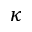
\kappa